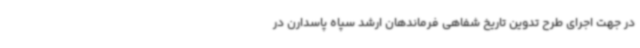
در جهت اجرای طرح تدوین تاریخ شفاهی فرماندهان ارشد سپاه پاسدارن در